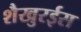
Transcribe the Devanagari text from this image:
शैखुरईस